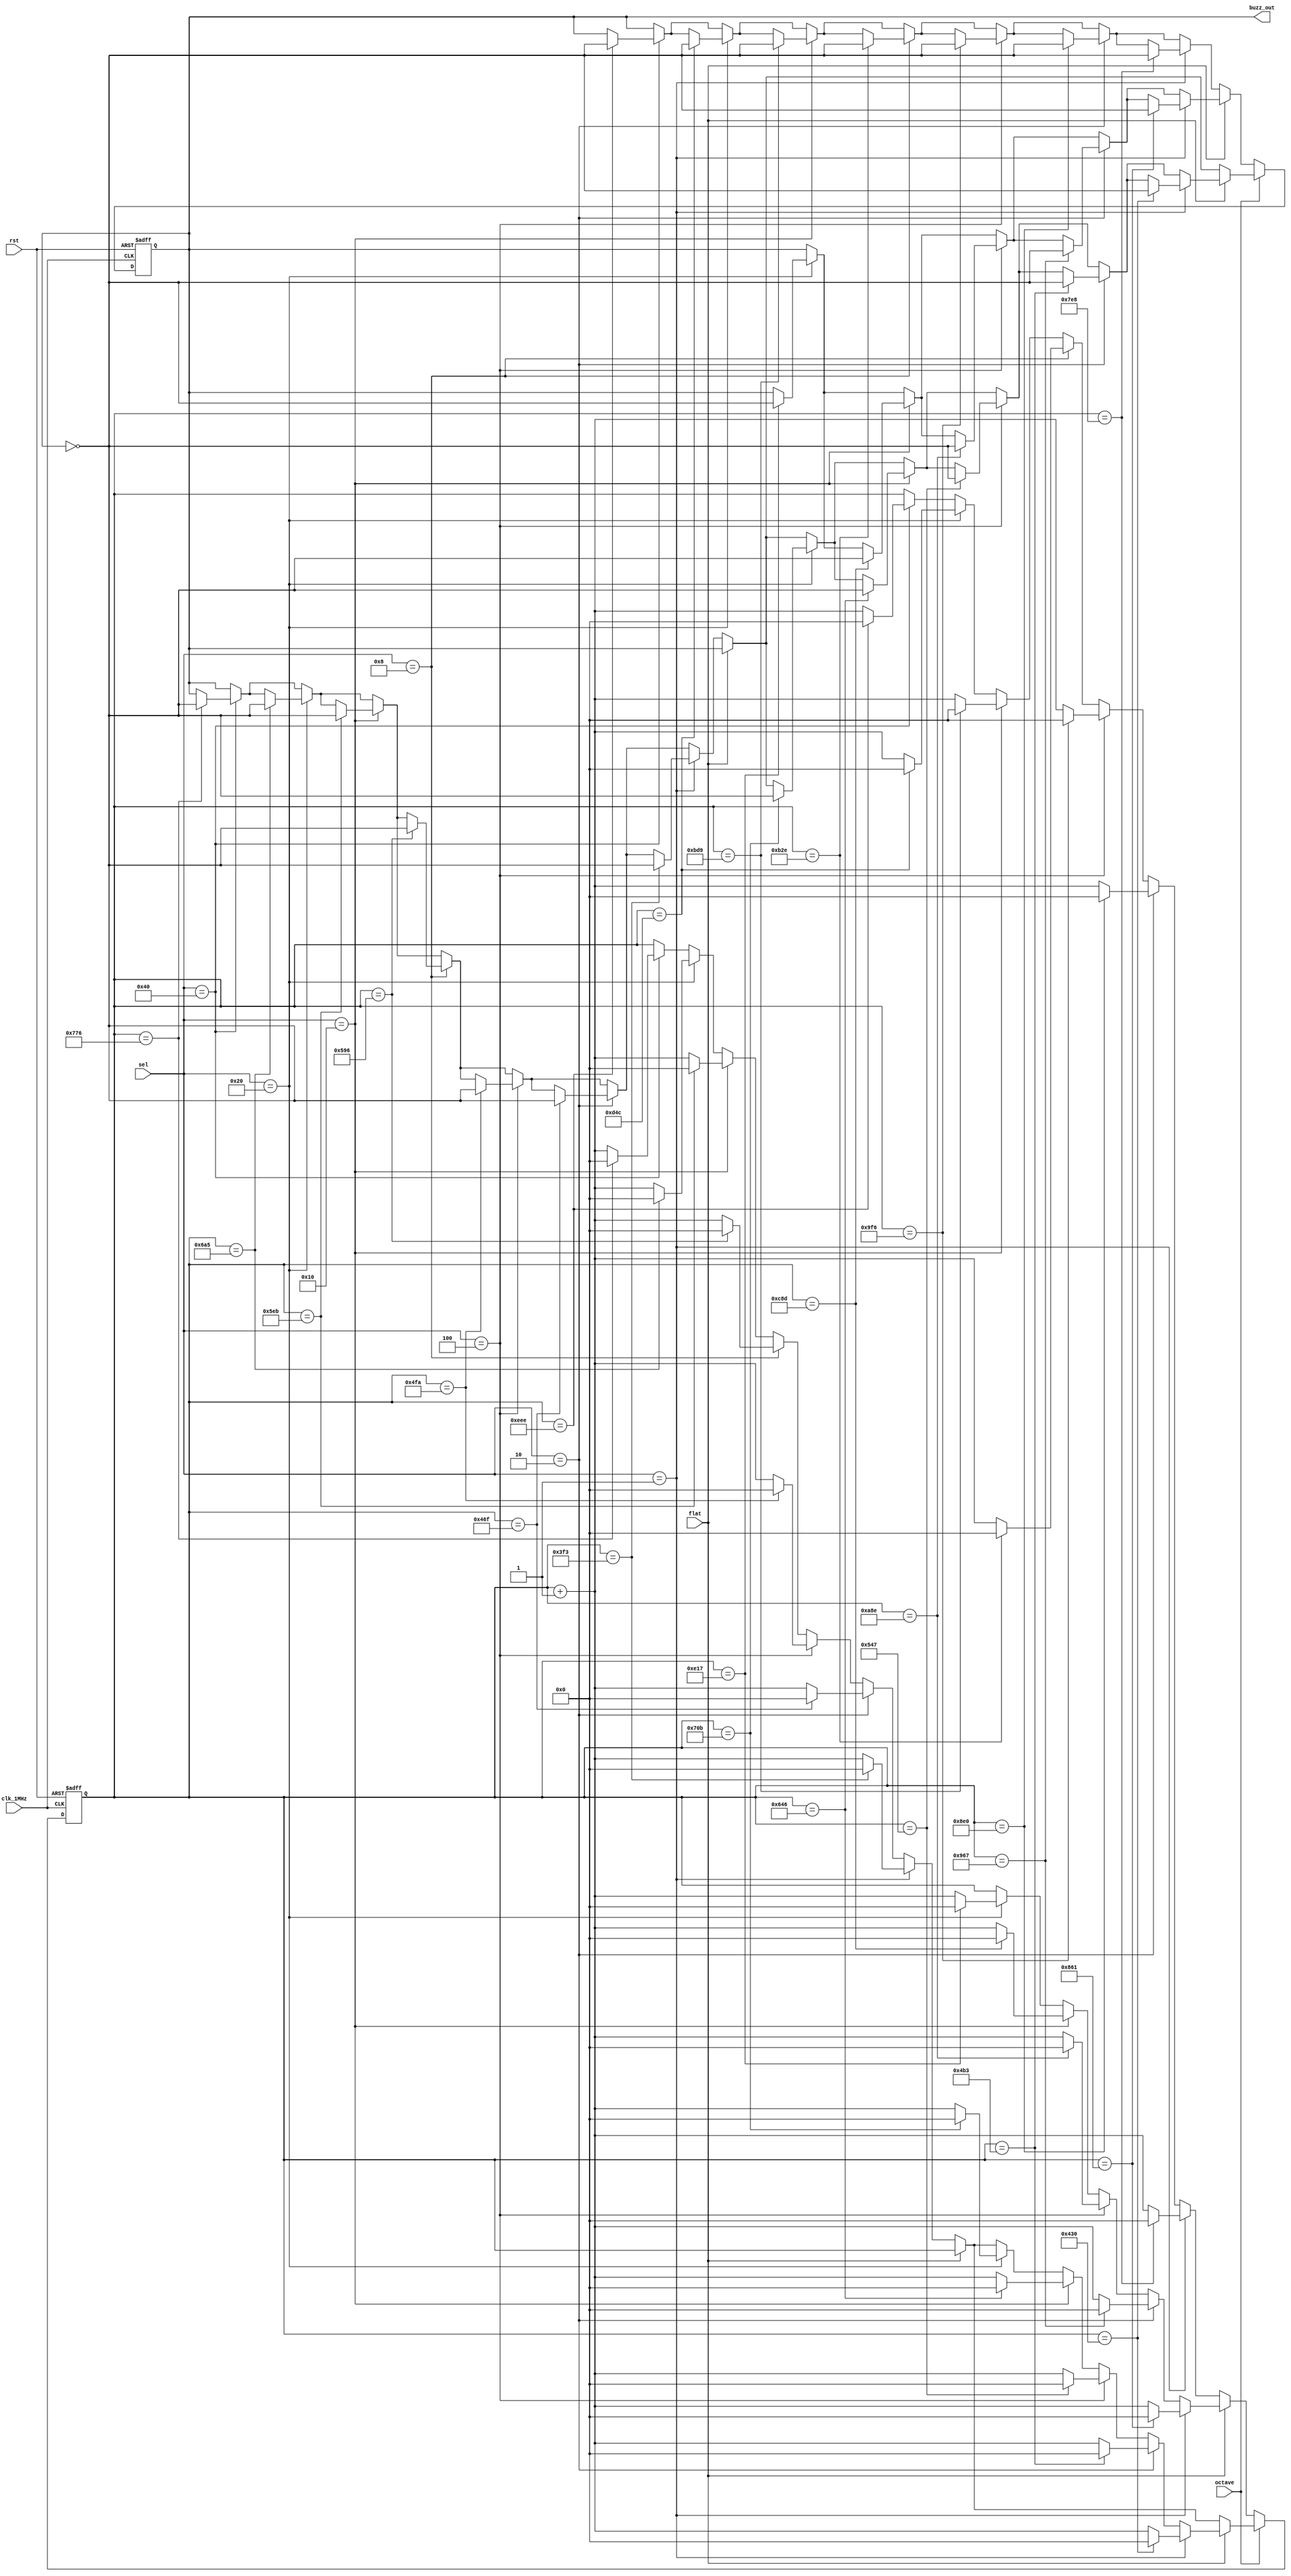
`timescale 1ns / 1ps
//////////////////////////////////////////////////////////////////////////////////
// Company: 
// Engineer: 
// 
// Design Name: 
// Module Name: buzzer
// Project Name: 
// Target Devices: 
// Tool Versions: 
// Description: 
// 
// Dependencies: 
// 
// Revision:
// Revision 0.01 - File Created
// Additional Comments:
// 
//////////////////////////////////////////////////////////////////////////////////


module buzzer(clk_1MHz, flat, octave, buzz_out, sel, rst); 

input clk_1MHz, flat, rst, octave; 
input [6:0] sel; 
output buzz_out; 
 
reg [17:0] cnt;
reg buzz_out;
 
  always @(posedge clk_1MHz or negedge rst) begin 
    if (rst == 0) begin 
        cnt <= 0; 
        buzz_out <= 0; 
     end  
     else begin  // rst = 1
           if (octave == 0) begin
                if (flat == 0) begin
                   if (sel == 7'b1000000) begin// , 7644
                       if (cnt == 3822) begin 
                           cnt <= 0; 
                           buzz_out <= ~buzz_out; 
                       end else 
                       cnt <= cnt+1;
                   end  
                   if (sel == 7'b0100000) begin// , 6808 
                       if (cnt == 3404) begin 
                           cnt <= 0; 
                           buzz_out <= ~buzz_out; 
                       end else 
                       cnt <= cnt+1;
                end
                     if (sel == 7'b0010000) begin// , 6066 
                      if (cnt == 3033) begin 
                           cnt <= 0; 
                           buzz_out <= ~buzz_out; 
                      end else                                 
                      cnt <= cnt+1;
                 end
                  if (sel == 'b0001000) begin// , 5724 
                      if (cnt == 2862) begin 
                           cnt <= 0; 
                           buzz_out <= ~buzz_out; 
                       end else 
                        cnt <= cnt+1;
                   end
               if (sel == 7'b0000100) begin// , 5100 
                       if (cnt == 2550) begin 
                            cnt <= 0; 
                            buzz_out <= ~buzz_out;  
                        end else 
                        cnt <= cnt+1;
                     end   
                if (sel == 7'b0000010) begin// , 4544 
                          if (cnt == 2272) begin 
                              cnt <= 0; 
                              buzz_out <= ~buzz_out; 
                          end else 
                              cnt <= cnt+1;
                      end
                  if (sel == 7'b0000001) begin// , 4048
                          if (cnt == 2024) begin 
                               cnt <= 0; 
                                buzz_out <= ~buzz_out; 
                           end else 
                              cnt <= cnt+1;
                       end
                   end
          else if (flat == 1) begin
                 if (sel == 7'b0100000) begin// # = b, 7216
                    if (cnt == 3607) begin 
                        cnt <= 0; 
                        buzz_out <= ~buzz_out; 
                    end else 
                        cnt <= cnt+1;
                    end  
                if (sel == 7'b0010000) begin// # = b, 6428
                    if (cnt == 3213) begin 
                        cnt <= 0; 
                        buzz_out <= ~buzz_out; 
                    end else 
                        cnt <= cnt+1;
                     end 
                if (sel == 7'b0000100) begin// # = b , 5406 
                    if (cnt == 2702) begin 
                        cnt <= 0; 
                        buzz_out <= ~buzz_out;  
                    end else 
                        cnt <= cnt+1;
                    end   
                if (sel == 7'b0000010) begin// # = b , 4816
                    if (cnt == 2407) begin 
                        cnt <= 0; 
                        buzz_out <= ~buzz_out; 
                    end else 
                        cnt <= cnt+1;
                    end
                if (sel == 7'b0000001) begin// # = b , 4290
                    if (cnt == 2145) begin 
                        cnt <= 0; 
                        buzz_out <= ~buzz_out; 
                    end else 
                        cnt <= cnt+1;
                    end
                end 
            end
       else if (octave == 1) begin
                if (flat == 0) begin // X
                    if (sel == 7'b1000000) begin// 1, 3822
                        if (cnt == 1910) begin 
                            cnt <= 0; 
                            buzz_out <= ~buzz_out; 
                        end else 
                            cnt <= cnt+1;
                        end  
                    if (sel == 7'b0100000) begin// 1, 3404 
                        if (cnt == 1701) begin 
                            cnt <= 0; 
                            buzz_out <= ~buzz_out; 
                        end else 
                            cnt <= cnt+1;
                        end
                    if (sel == 7'b0010000) begin// , 3032 
                        if (cnt == 1515) begin 
                            cnt <= 0; 
                            buzz_out <= ~buzz_out; 
                       end else                                 
                           cnt <= cnt+1;
                       end
                   if (sel == 7'b0001000) begin// , 2862 
                       if (cnt == 1430) begin 
                           cnt <= 0; 
                           buzz_out <= ~buzz_out; 
                       end else 
                           cnt <= cnt+1;
                       end
                   if (sel == 7'b0000100) begin// , 2550 
                       if (cnt == 1274) begin 
                           cnt <= 0; 
                           buzz_out <= ~buzz_out;  
                       end else 
                           cnt <= cnt+1;
                       end   
                   if (sel == 7'b0000010) begin// , 2272 
                       if (cnt == 1135) begin 
                           cnt <= 0; 
                           buzz_out <= ~buzz_out; 
                       end else 
                           cnt <= cnt+1;
                       end
                   if (sel == 7'b0000001) begin// , 2024
                       if (cnt == 1011) begin 
                           cnt <= 0; 
                           buzz_out <= ~buzz_out; 
                       end else 
                           cnt <= cnt+1;
                       end
                   end
               if (flat == 1) begin
                   if (sel == 7'b0100000) begin// # = b, 3608
                       if (cnt == 1803) begin 
                           cnt <= 0; 
                           buzz_out <= ~buzz_out; 
                       end else 
                           cnt <= cnt+1;
                       end  
                   if (sel == 7'b0010000) begin// # = b, 3214
                       if (cnt == 1606) begin 
                           cnt <= 0; 
                           buzz_out <= ~buzz_out; 
                       end else 
                           cnt <= cnt+1;
                       end
                   if (sel == 7'b0000100) begin// # = b , 2704 
                       if (cnt == 1351) begin 
                           cnt <= 0; 
                           buzz_out <= ~buzz_out;  
                       end else 
                           cnt <= cnt+1;
                       end   
                   if (sel == 7'b0000010) begin// # = b , 2408
                       if (cnt == 1203) begin 
                           cnt <= 0; 
                           buzz_out <= ~buzz_out; 
                       end else 
                           cnt <= cnt+1;
                       end
                   if (sel == 7'b0000001) begin// # = b , 2146
                       if (cnt == 1072) begin 
                           cnt <= 0; 
                           buzz_out <= ~buzz_out; 
                       end else 
                           cnt <= cnt+1;
                       end
                   end 
               end
           end
       end
endmodule